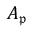
A _ { \mathfrak { p } }